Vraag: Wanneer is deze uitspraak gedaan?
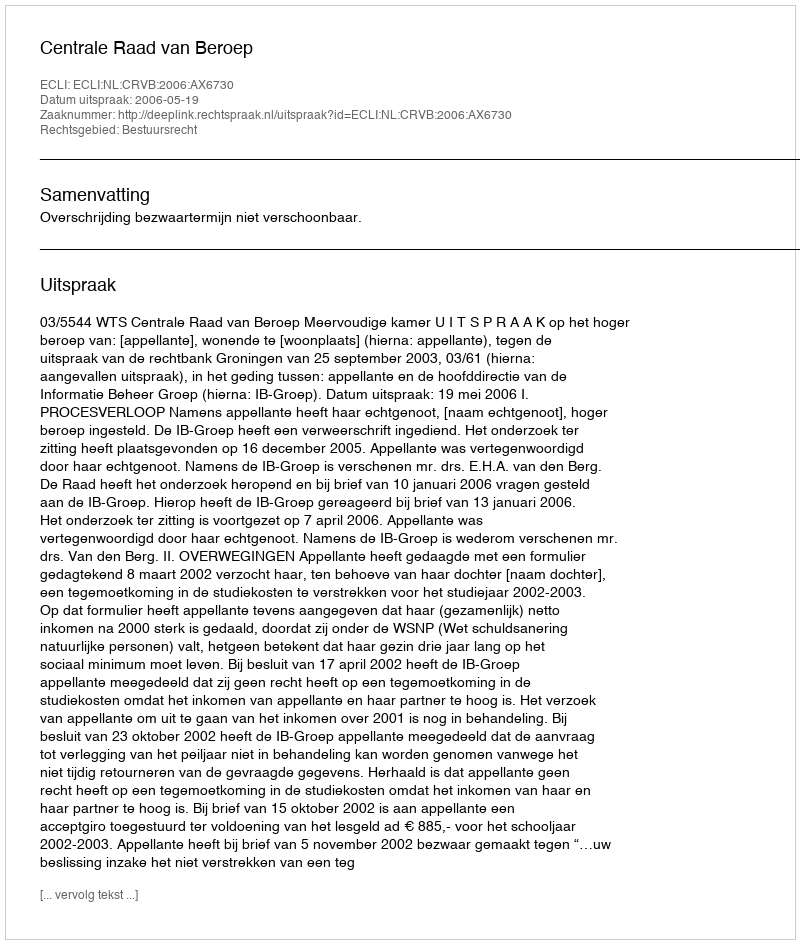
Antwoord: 2006-05-19